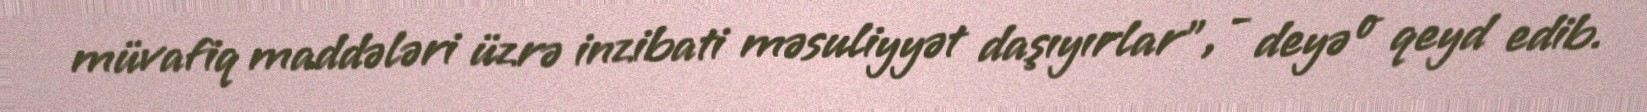
müvafiq maddələri üzrə inzibati məsuliyyət daşıyırlar”, - deyə o qeyd edib.